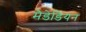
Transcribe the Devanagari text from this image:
मैडेडियन